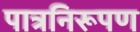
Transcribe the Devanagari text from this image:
पात्रनिरूपण